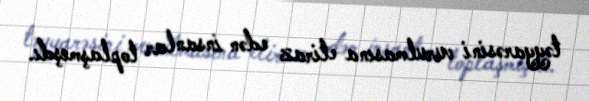
təyyarəsini vurulmasına etiraz edən insanlar toplaşmışdı.